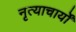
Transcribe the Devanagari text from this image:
नृत्याचार्यों